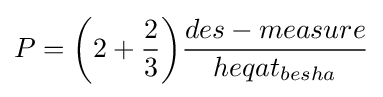
P={\bigg (}2+{\frac {2}{3}}{\bigg )}{\frac {des-measure}{heqat_{besha}}}